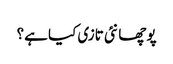
پوچھا نئی تازی کیا ہے؟